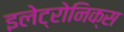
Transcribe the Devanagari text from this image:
इलेट्रोनिक्स